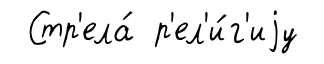
Стр'ела́ р'ел'и́г'иjу